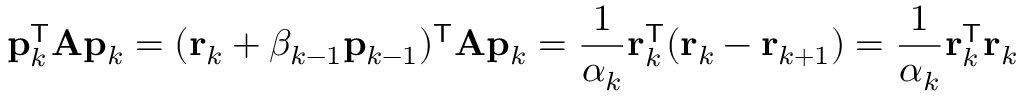
\mathbf { p } _ { k } ^ { \mathsf { T } } \mathbf { A } \mathbf { p } _ { k } = ( \mathbf { r } _ { k } + \beta _ { k - 1 } \mathbf { p } _ { k - 1 } ) ^ { \mathsf { T } } \mathbf { A } \mathbf { p } _ { k } = { \frac { 1 } { \alpha _ { k } } } \mathbf { r } _ { k } ^ { \mathsf { T } } ( \mathbf { r } _ { k } - \mathbf { r } _ { k + 1 } ) = { \frac { 1 } { \alpha _ { k } } } \mathbf { r } _ { k } ^ { \mathsf { T } } \mathbf { r } _ { k }